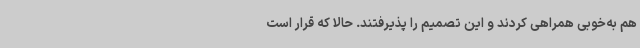
هم به‌خوبی همراهی کردند و این تصمیم را پذیرفتند. حالا که قرار است